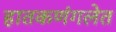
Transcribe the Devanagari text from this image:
हातकणंगलेत